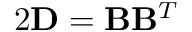
2 { \bf D } = { \bf B } { \bf B } ^ { T }